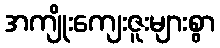
အကျိုးကျေးဇူးများစွာ